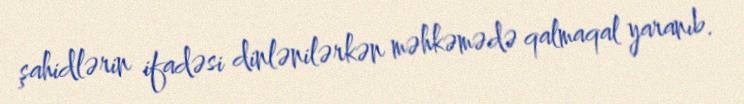
şahidlərin ifadəsi dinlənilərkən məhkəmədə qalmaqal yaranıb.